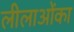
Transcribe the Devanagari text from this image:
लीलाओंका